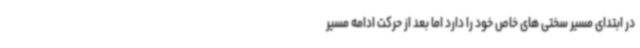
در ابتدای مسیر سختی های خاص خود را دارد اما بعد از حرکت ادامه مسیر